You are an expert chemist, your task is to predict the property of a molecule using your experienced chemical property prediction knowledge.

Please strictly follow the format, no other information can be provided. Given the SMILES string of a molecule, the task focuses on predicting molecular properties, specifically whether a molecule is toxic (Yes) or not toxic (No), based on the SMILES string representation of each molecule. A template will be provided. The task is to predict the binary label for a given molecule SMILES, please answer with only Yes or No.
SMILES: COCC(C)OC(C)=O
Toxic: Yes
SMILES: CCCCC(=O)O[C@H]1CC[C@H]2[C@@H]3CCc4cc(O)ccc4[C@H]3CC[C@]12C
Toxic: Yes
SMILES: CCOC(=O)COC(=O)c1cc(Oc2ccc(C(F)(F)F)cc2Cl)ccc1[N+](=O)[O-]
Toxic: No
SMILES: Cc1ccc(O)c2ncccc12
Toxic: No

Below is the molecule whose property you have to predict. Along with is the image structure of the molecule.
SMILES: Cc1cc(C)c(S(=O)(=O)[O-])cc1N=Nc1cc(S(=O)(=O)[O-])c2ccccc2c1O
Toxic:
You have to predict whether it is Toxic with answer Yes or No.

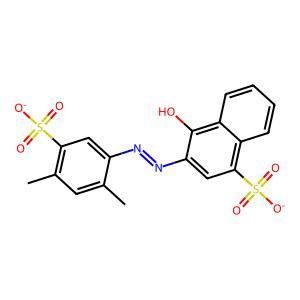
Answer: No